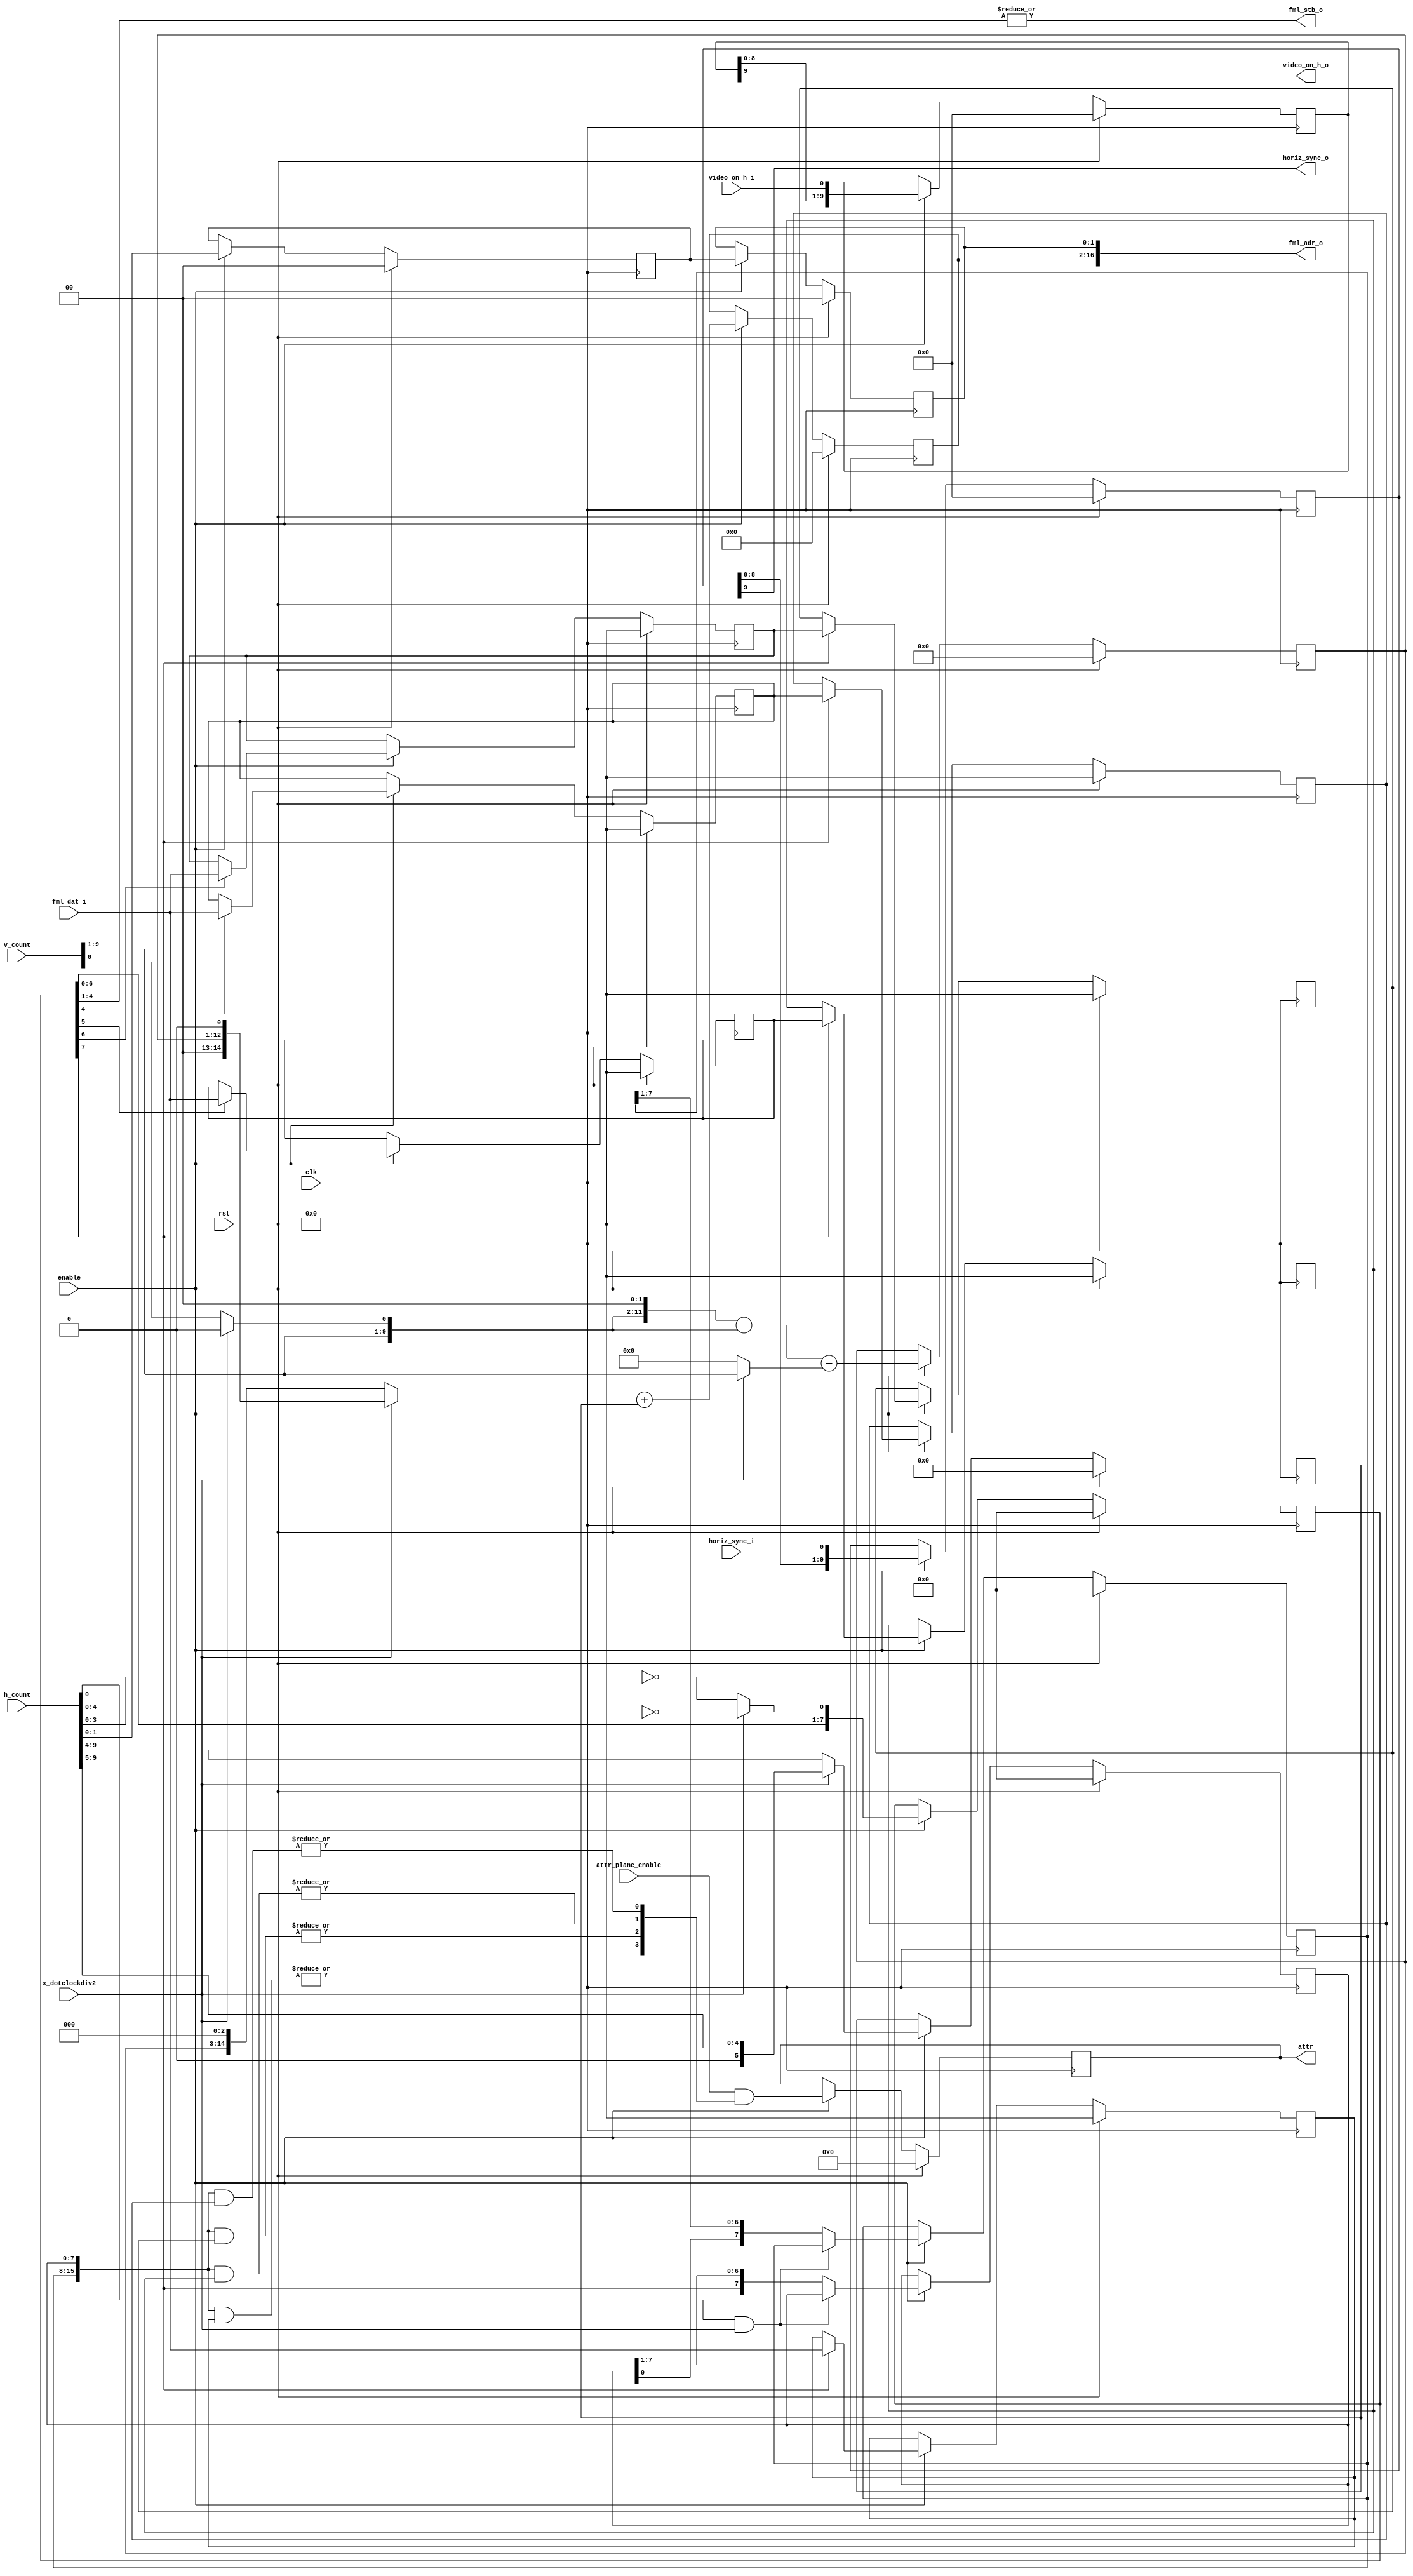
module vga_planar_fml (
    input clk,
    input rst,

    input enable,

    // CSR slave interface for reading
    output [17:1] fml_adr_o,
    input  [15:0] fml_dat_i,
    output        fml_stb_o,

    // Controller registers
    input [3:0] attr_plane_enable,
    input       x_dotclockdiv2,

    input [9:0] h_count,
    input [9:0] v_count,
    input       horiz_sync_i,
    input       video_on_h_i,
    output      video_on_h_o,

    output reg [3:0] attr,
    output           horiz_sync_o
  );

  // Registers and net
  reg [11:0] row_addr;
  reg [ 5:0] col_addr;
  reg [14:0] word_offset;
  reg [ 1:0] plane_addr0;
  reg [ 1:0] plane_addr;
  reg [15:0] plane0;
  reg [15:0] plane0_tmp;
  reg [15:0] plane1;
  reg [15:0] plane1_tmp;
  reg [15:0] plane2;
  reg [15:0] plane2_tmp;
  reg [15:0] plane3;
  reg [ 7:0] bit_mask0;
  reg [ 7:0] bit_mask1;

  wire [15:0] bit_mask;
  wire        v_count0;

  wire bit3, bit2, bit1, bit0;

  reg [9:0] video_on_h;
  reg [9:0] horiz_sync;
  reg [7:0] pipe;

  // Continous assignments
  assign fml_adr_o = { word_offset, plane_addr };
  assign bit_mask  = { bit_mask1, bit_mask0 };

  assign bit0 = |(bit_mask & plane0);
  assign bit1 = |(bit_mask & plane1);
  assign bit2 = |(bit_mask & plane2);
  assign bit3 = |(bit_mask & plane3);

  assign video_on_h_o = video_on_h[9];
  assign horiz_sync_o = horiz_sync[9];
  assign fml_stb_o    = |pipe[4:1];
  assign v_count0     = x_dotclockdiv2 ? 1'b0 : v_count[0];

  // Behaviour
  // Pipeline count
  always @(posedge clk)
    if (rst)
      begin
        pipe <= 8'b0;
      end
    else
      if (enable)
        begin
          pipe <= { pipe[6:0],
            x_dotclockdiv2 ? (h_count[4:0]==5'h0) : (h_count[3:0]==4'h0) };    
        end

  // video_on_h
  always @(posedge clk)
    if (rst)
      begin
        video_on_h <= 10'b0;
      end
    else
      if (enable)
        begin
          video_on_h <= { video_on_h[8:0], video_on_h_i };
        end

  // horiz_sync
  always @(posedge clk)
    if (rst)
      begin
        horiz_sync <= 10'b0;
      end
    else
      if (enable)
        begin
          horiz_sync <= { horiz_sync[8:0], horiz_sync_i };
        end

  // Address generation
  always @(posedge clk)
    if (rst)
      begin
        row_addr    <= 12'h0;
        col_addr    <= 6'h0;
        plane_addr0 <= 2'b00;
        word_offset <= 15'h0;
        plane_addr  <= 2'b00;
      end
    else
      if (enable)
        begin
          // Loading new row_addr and col_addr when h_count[3:0]==4'h0
          // v_count * 40 or 22 (depending on x_dotclockdiv2)
          row_addr <= { v_count[9:1], v_count0, 2'b00 } + { v_count[9:1], v_count0 }
                    + (x_dotclockdiv2 ? v_count[9:1] : 9'h0);
          col_addr <= x_dotclockdiv2 ? h_count[9:5] : h_count[9:4];
          plane_addr0 <= h_count[1:0];

          // Load new word_offset at +1
          word_offset <= (x_dotclockdiv2 ? { row_addr, 1'b0 }
                                         : { row_addr, 3'b000 }) + col_addr;
          plane_addr  <= plane_addr0;
        end

  // Temporary plane data
  always @(posedge clk)
    if (rst)
      begin
        plane0_tmp <= 16'h0;
        plane1_tmp <= 16'h0;
        plane2_tmp <= 16'h0;
      end
    else
      if (enable)
        begin
          // Load plane0 when pipe == 4
          plane0_tmp <= pipe[4] ? fml_dat_i : plane0_tmp;
          plane1_tmp <= pipe[5] ? fml_dat_i : plane1_tmp;
          plane2_tmp <= pipe[6] ? fml_dat_i : plane2_tmp;    
        end

  // Plane data
  always @(posedge clk)
    if (rst)
      begin
        plane0 <= 16'h0;
        plane1 <= 16'h0;
        plane2 <= 16'h0;
        plane3 <= 16'h0;
      end
    else
      if (enable)        
        begin
          plane0 <= pipe[7] ? plane0_tmp : plane0;
          plane1 <= pipe[7] ? plane1_tmp : plane1;
          plane2 <= pipe[7] ? plane2_tmp : plane2;
          plane3 <= pipe[7] ? fml_dat_i : plane3;
        end

  // Bit masks
  always @(posedge clk)
    if (rst)
      begin
        bit_mask0 <= 8'h0;
        bit_mask1 <= 8'h0;
      end
    else
      if (enable)    
        begin
          bit_mask0 <= (h_count[0] & x_dotclockdiv2) ? bit_mask0
                     : { pipe[7], bit_mask0[7:1] };
          bit_mask1 <= (h_count[0] & x_dotclockdiv2) ? bit_mask1
                     : { bit_mask0[0], bit_mask1[7:1] };
        end

  // attr
  always @(posedge clk)
    if (rst)
      begin
        attr <= 4'h0; 
      end
    else
      if (enable)
        begin
          attr <= (attr_plane_enable & { bit3, bit2, bit1, bit0 });
        end  

endmodule